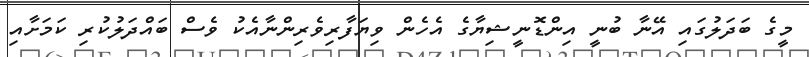
މީގެ ބަދަލުގައި އޭނާ ބުނީ އިންޑޮނީޝިޔާގެ އެހެން ވިޔަފާރިވެރިންނާއެކު ވެސް ބައްދަލުކުރި ކަމަށާއި